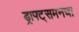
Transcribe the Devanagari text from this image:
ड्राफ्ट्‌समनचा